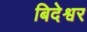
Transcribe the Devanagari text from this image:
बिदेश्वर